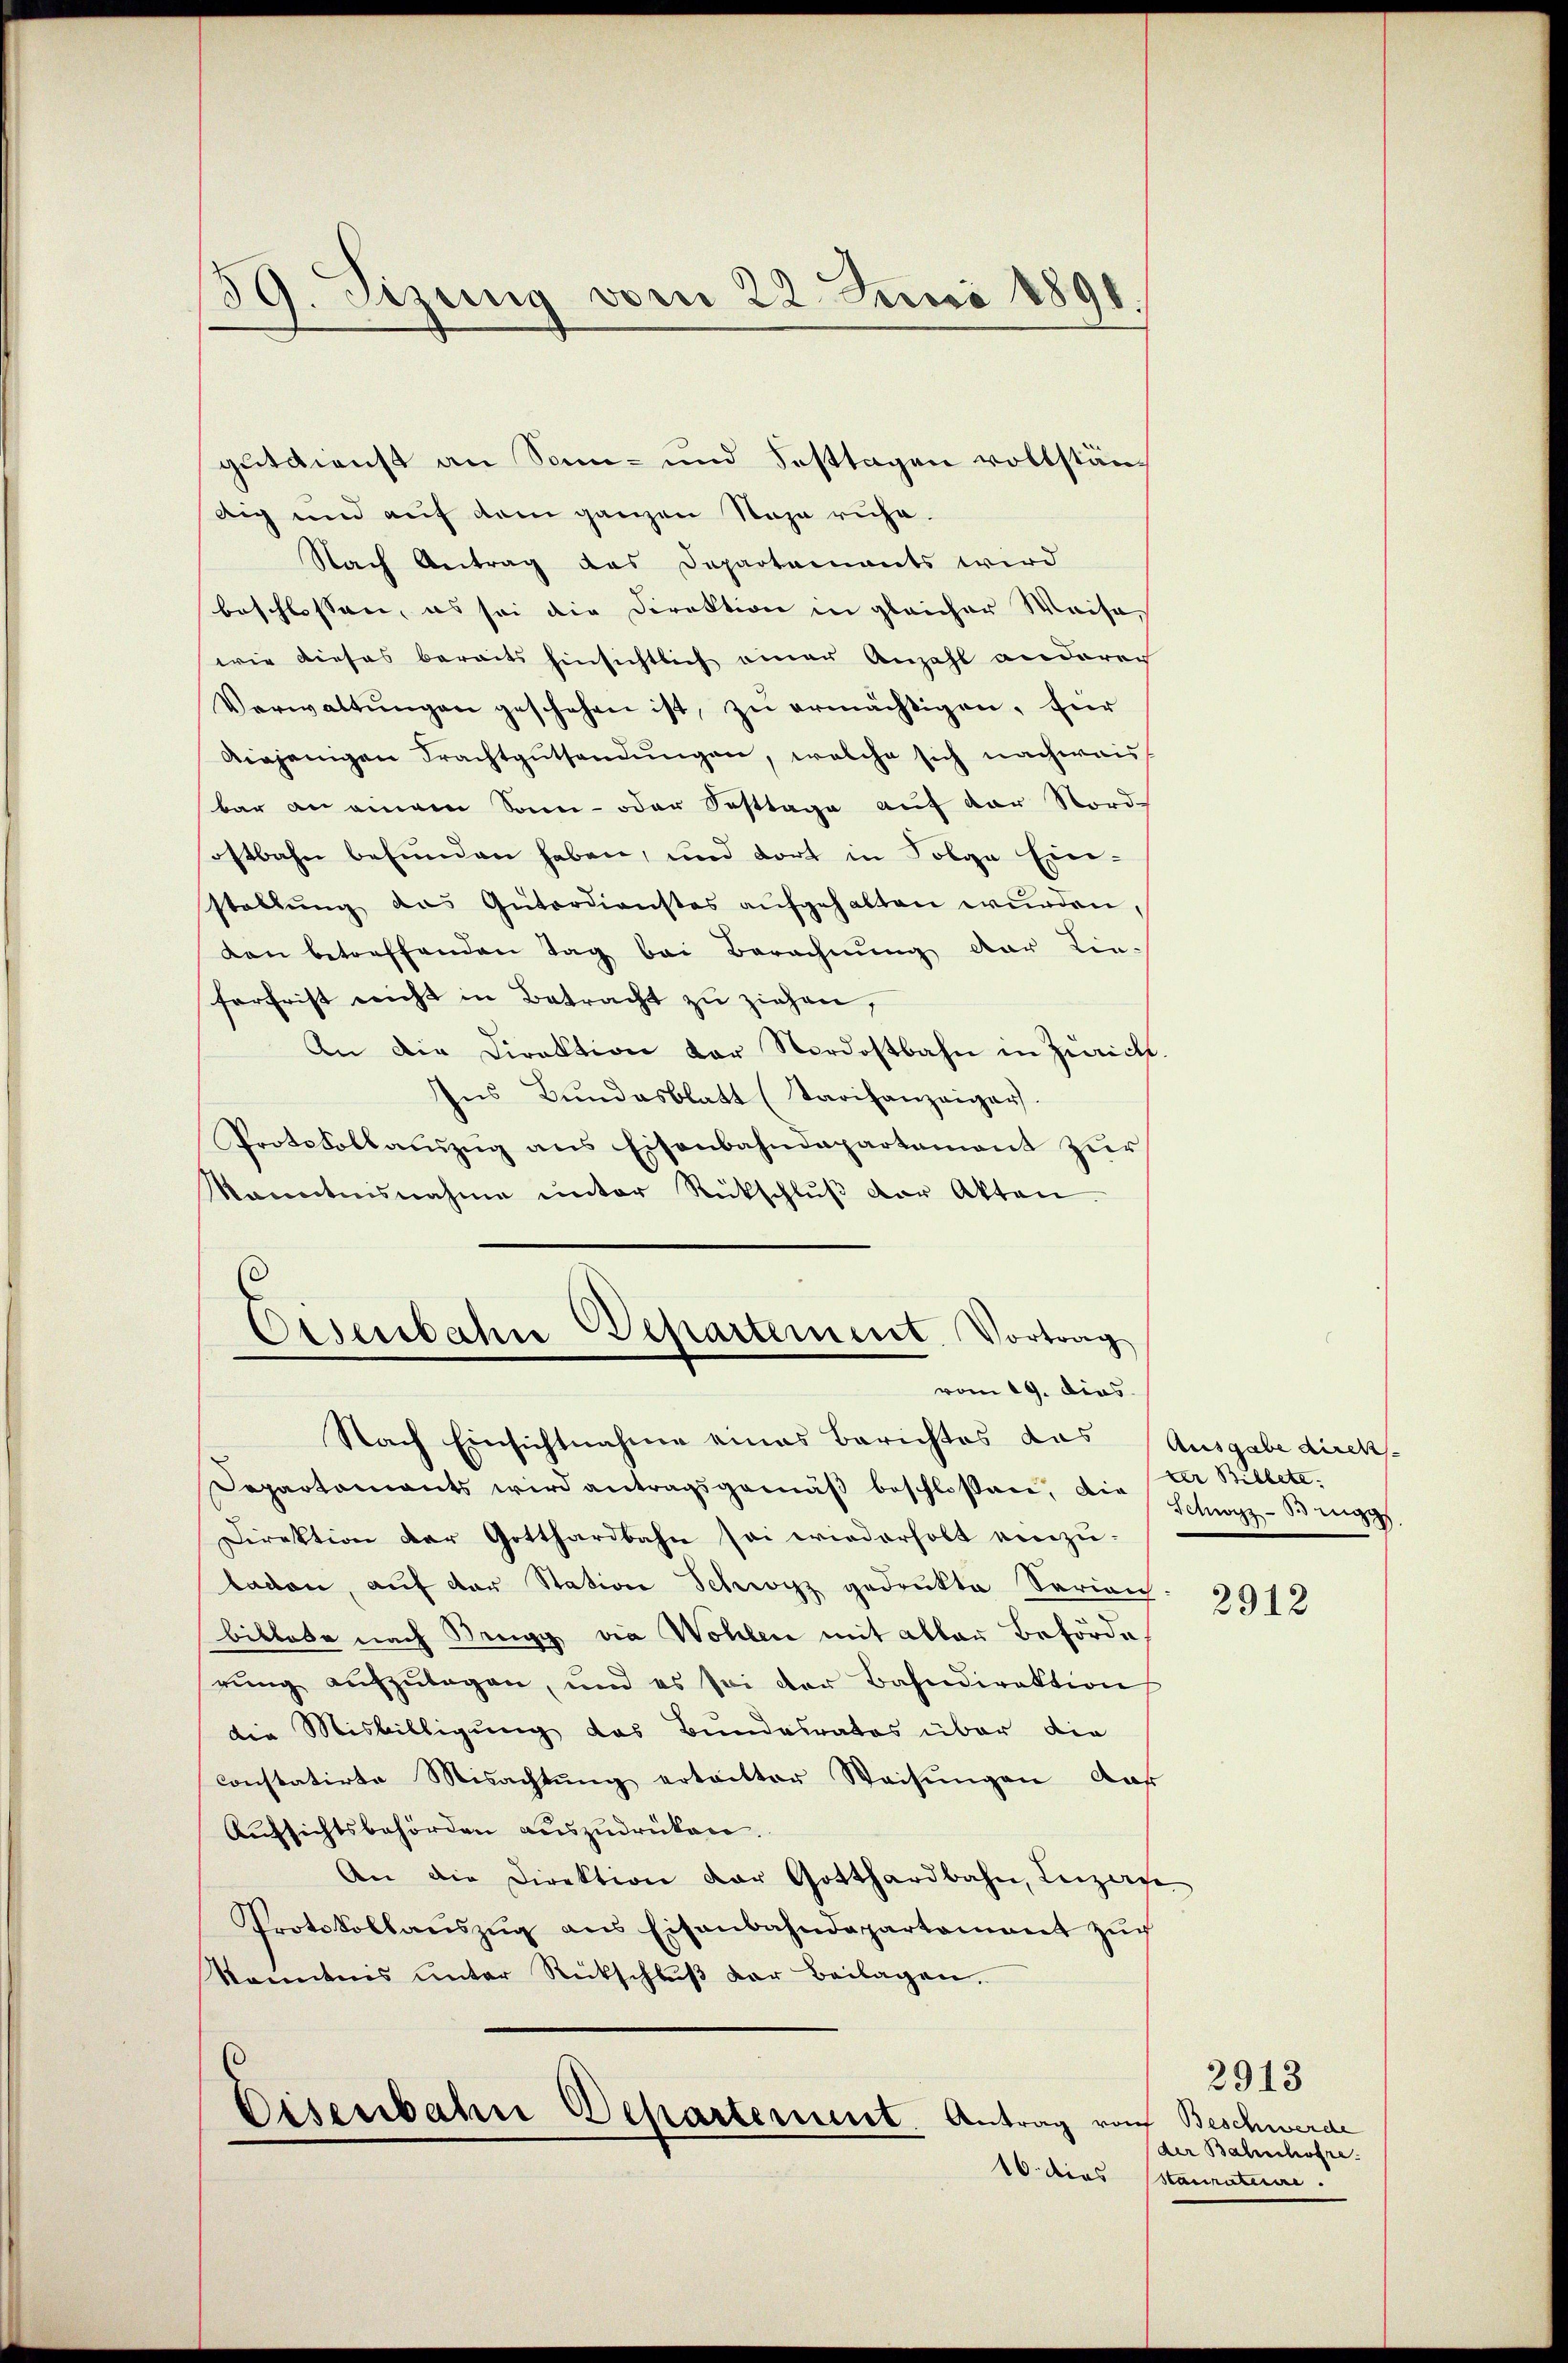
59. Sizung vom 22. Juni 1891.

gutdienst an Sonn- und Festtagen vollständig und auf dem ganzen Raja ruhe.
Nach Antrag das Departements wird
beschlossen, es sei die Direktion in gleicher Weise,
wie dieses bereits hinsichtlich einer Anzahl anderen
Verwaltŭngen geschehen ist, zu ermächtigen, für
diejenigen Frachtgutsandŭngen, welche sich nachweis
bar an einem Sonn- oder Fasttage auf der Nord-
ostbahn befunden haben, und dort in Folge Ein-
stallŭng das Gŭtordienstes aŭfgehalten wŭrden,
don betreffenden Tag bei Berechnung der Lie-
forfrist nicht in Betracht zu ziehen,
An die Direktion vor Nordostbahn in Zürich.
Ins Bŭndesblatt (Tarifanzeiger.
Protokollauszug aus Eisenbahndepartement zur
kanntnisnahme unter Rückschlŭβ der Akten.
Eisenbahn Departement. Vortrag

vom 19. dies

Nach Einsichtnahme eines Berichtes das Ausgabe direk¬
Departaments wird antragsgemäβ beschloßen, die der Billete.
Direktion der Gotthardbahn sei wiederholt einzŭ-
laden, auf der Station Schwyz gedrukte Serian
bittete nach Brugg die Wohlen mit aller Beförde
rŭng aŭfzŭlagen, und es sei der Bahndirektion
die Misbilligung des Bundesrates über die
constatirte Misachtŭng ertretter Weisŭngen auf
Aufsichtsbehörden auszudrücken.
An die Direktion der Gotthardbahn, Luzafe
Protokollaŭszŭg ans Eisenbahndepartement zŭch
känntnis unter Rückschlŭβ der Beilagen.
Disenbahne Departement. Antrag vom Beschwerde
16. dies stauraterire.

Schwyz - Benz

2912

2913
der Bahnhofre